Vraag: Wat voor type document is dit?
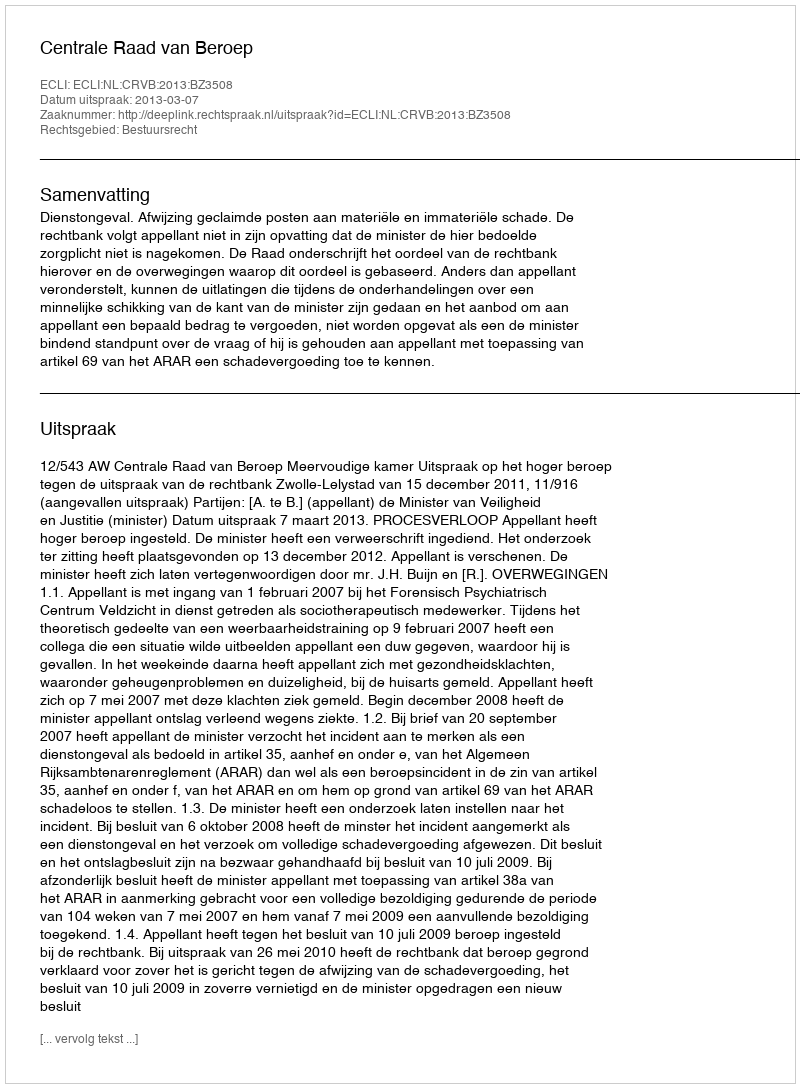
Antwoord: Uitspraak